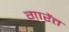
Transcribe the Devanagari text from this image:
गारेंत्त